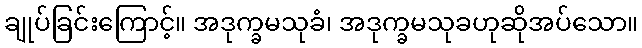
ချုပ်ခြင်းကြောင့်။ အဒုက္ခမသုခံ၊ အဒုက္ခမသုခဟုဆိုအပ်သော။